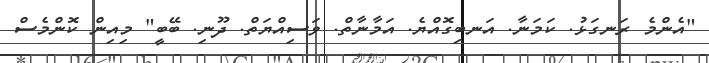
"އެންމެ ރަނގަޅު. ކަމަނާ. އަނބިގޮއްޔެ. އަމާނާތް. ވަސިއްޔަތް. ދޫނި. ބޭބީ" މިއިން ކޮންމެސް